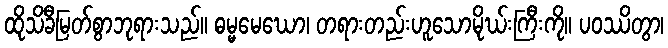
ထိုသိခီမြတ်စွာဘုရားသည်။ ဓမ္မမေဃော၊ တရားတည်းဟူသောမိုဃ်းကြီးကို။ ပဝဿိတွာ၊